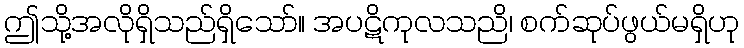
ဤသို့အလိုရှိသည်ရှိသော်။ အပဋိကုလသညိ၊ စက်ဆုပ်ဖွယ်မရှိဟု